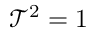
\mathcal { T } ^ { 2 } = 1